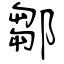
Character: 鄒